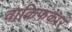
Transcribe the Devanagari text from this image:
वाकिफकार